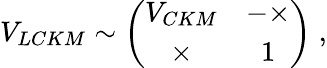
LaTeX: V_{LCKM}\sim\left(\begin{array}{cc}{{V_{CKM}}}&{{-\times}}\\ {{\times}}&{{1}}\end{array}\right)\; ,